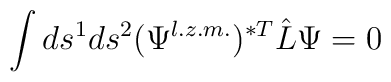
\int ds^1 ds^2 (\Psi^{l.z.m.})^{\ast T} \hat{L} \Psi = 0